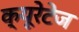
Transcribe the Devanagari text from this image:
क्यूरेटेज